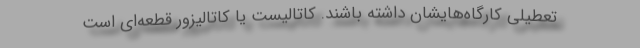
تعطیلی کارگاه‌هایشان داشته باشند. کاتالیست یا کاتالیزور قطعه‌ای است